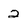
Character: 2